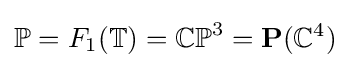
\mathbb {P} =F_{1}(\mathbb {T} )=\mathbb {CP} ^{3}=\mathbf {P} (\mathbb {C} ^{4})